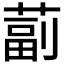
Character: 𦸕